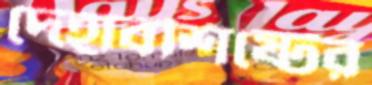
দেহাবশিষ্টের